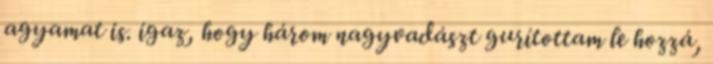
agyamat is. igaz, hogy három nagyvadászt gurítottam le hozzá,